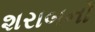
શરાબનો